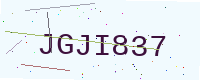
Text: JGJI837